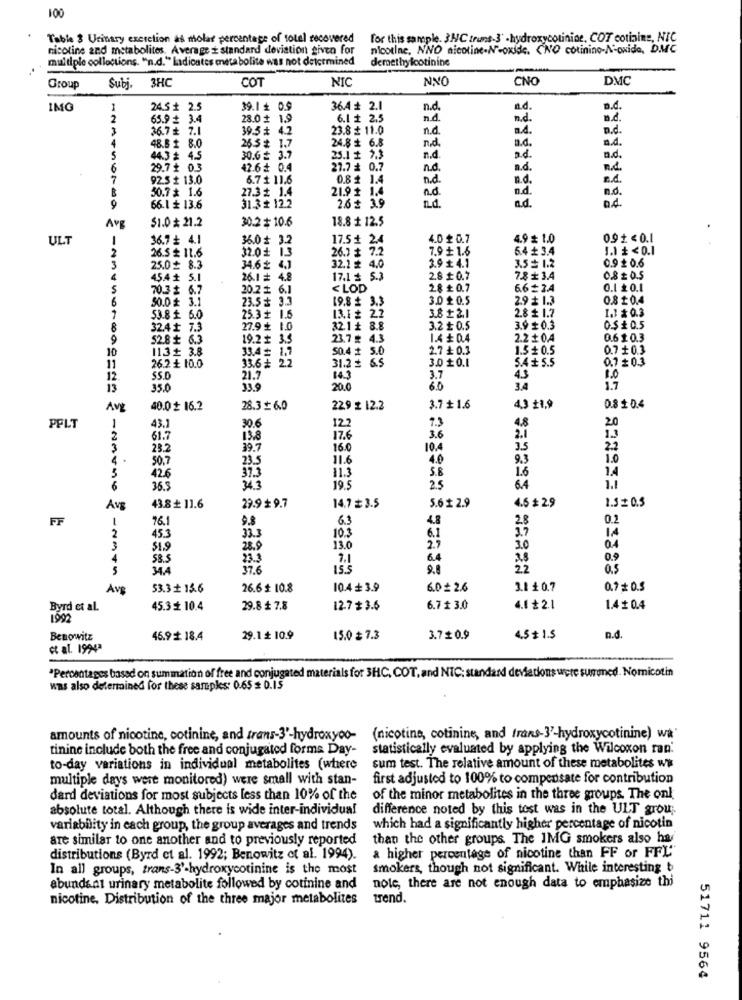
100
Table 3 Urinary excretion as molar percentage of totel recovered
for this sample. 3HC truns-3' -hydroxycolinine, COT cotinine, NIC
nicoline and metabolites, Average ź standard deviation given for
nicotine, NNO nicotine-N-oxide. (NO cotinino-Nowide, DMC
multiple collections. "n.d." Ladicates eneta bolite was not determined
demethy footinine
COT
NIC
NNO
CNO
DMC
Group
Subj.
3HC
IMG
1
24.5 + 2.5
39.1 + 0.9
36.4 # 2.1
n.d.
ad.
n.d.
2
65.9 # 3.4
28.0 # 1.9
6.1 + 2.5
nd
n.d.
3
36.7 ₺ 7.1
39.5 # 4.2
23.8 # 11.0
n.d.
n.4.
n.d.
4
24.8 # 6.8
n.d.
n.d.
a.d.
48.6 # 8.0
26.5₺ 1.7
5
44.3 # 4.5
30.6 ₺ 3.7
25.1 1 7.3
n.d
D.d.
6
29.7 + 0.3
42.6 ₺ 0.4
27.7 # 0.7
n.d.
n.d.
7
92.5 £ 13.0
6.7+ 11.6
0.8 + 1.4
n.d.
a.4.
B
30.7 x 1.6
21.9 2 1.4
n.d.
27.3 ₺ 1.4
n.d.
n.d.
n.6.
9
66.1 + 13.6
31.3+ 12.2
2.6# 39
$1.0 # 21.2
30.2 $ 10.6
18.8 + 12.5
Avg
ULT
1
36.7 ₺ 4.1
36.0 + 3.2
17.5 + 24
4.0 ₺ 0.7
4.9 # 1.0
0.91<0.1
2
32.0+ 1.3
26.7 # 7.2
7.9 £ 1.6
5.4 + 3.4
1.1₺<0.1
26.5 + 11.6
3.9 + 4.1
0.9 £ 0.6
25.0 8.3
34.6 ₺ 4,1
32.1 x 4.0
3.5₴ 1.2
45.4 + 5.1
26.1 = 4.8
17.1 5.3
2.8 ₺ 0.7
7.8 + 3.4
0.8 £ 0.5
S
70.3 # 6.7
20.2 6.1
<LOD
28 £ 0.7
6.6 _34
0.1 0.1
50.0 3.1
23.5 + 3.3
19.8 $ 3.3
3.020.5
2.9 + 1.3
0.8 £ 0.4
1.3 $ 0.3
53.8 + 6.0
25.3 + 1.6
13.1 # 22
3.8 £2.1
2.8 £ 1.7
8
32.4 £ 7.3
27.9 ₺ 1.0
32.1# 8.8
3.2 £ 0.5
3.9 $ 0.3
O.S + 0.5
9
52.8 ₺ 6.3
19.2£ 3.5
23.7 # 4.3
1.4₺0.4
2.2 + 0.A
0.6 10.3
10
113+ 3.8
50.4 + 5.0
2.7 ₺ 0.3
1.5 £ 0.5
0.7 +0.3
33.4 # 1.7
33.6 + 2.2
31.2 = 6.5
3.0 £0.1
5.4 ₺ 5.5
0.7 + 0.3
11
26.2 + 10.0
12
SS.D
21.7
14.3
3.7
4.3
13
35.0
33.9
20.0
6.0
3.4
17
Avt
40.0 # 16.2
28.3 $ 6.0
22.9 £ 12.2
3.7 + 1.6
4,3 21,9
0.8 10.4
122
7.3
4.8
2.0
PFLT
43.1
30.6
2
61.7
13.8
17.6
3.6
2.1
1.3
3
23.2
39.7
16.0
10.4
2.2
50.7
23.5
11.6
4.0
9.3
1.0
5
37.3
11.3
5.8
1.6
1.4
426
6
36.5
343
19.5
25
6.4
1.3 £ 0.5
43.8 + 11.6
29.9 9.7
14.7 # 3.5
5.6 £ 2.9
4.6 # 2.9
FF
76.
9.8
6.3
4.8
2.5
0.2
2
10.3
IA
45.3
33.3
6.1
25
3
28.9
13.0
30
04
4
58.5
23.3
7.1
6.4
0.9
5
34.4
37.6
22
0.5
Avg
53.3 + 15.6
26.6 $ 10.8
10.4+ 3.9
6.0 2.6
3.1 +0.7
0.7 + 0.5
Byrd et al.
45.3 _ 10.4
29.8 £ 7.8
12.7 # 3.6
6.7 £ 3.0
4.1 ₺ 2.1
1.4£0.4
1992
Benowitz
45.9 £ 18.4
29.1 + 10.9
15.0 $ 7.3
3.70.9
4.5 + 1.5
D.d.
et al. 1994ª
"Percentages based on summation of free and conjugated materials for 3HC, COT, and NIC: standard deviations were suruned. Nomicotin
was also determined for these samples: 0.65 # 0.15
amounts of nicotine, cotinine, and trans-3'-hydroxyoo-
(nicotine, cotinine, and trans-}'-hydroxycotinine) wa
tinine include both the free and conjugated forms Day-
statistically evaluated by applying the Wilcoxon ran.
to-day variations in individual metabolites (where
sum test. The relative amount of these metabolites wi
multiple days were monitored) were small with stan-
first adjusted to 100% to compensate for contribution
dard deviations for most subjects less than 10% of the
of the minor metabolites in the three groups. The onl
absolute total. Although there is wide inter-individual
difference noted by this tost was in the ULT grou ;.
variability in each group, the group averages and trends
which had a significantly higher percentage of nicotin
are similar to one another and to previously reported
than the other groups The IMG smokers also has
distributions (Byrd et al. 1992; Benowitz et al. 1994).
a higher percentage of nicotine than FF or FFL"
In all groups, trans-3'-hydroxycotinine is the most
smokers, though not significant. While interesting b
abundant urinary metabolite followed by cotinine and
note, there are not enough data to emphasize thi
nicotine, Distribution of the three major metabolites
trend.
51711 9564